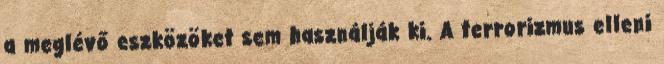
a meglévő eszközöket sem használják ki. A terrorizmus elleni